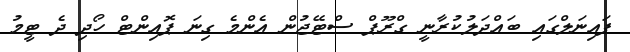
ފައިނަލްގައި ބައްދަލުކުރާނީ ގްރޫޕް ސްޓޭޖުން އެންމެ ގިނަ ޕޮއިންޓް ހޯދި ދެ ޓީމު